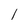
Character: l